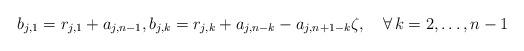
LaTeX: \begin{align*}b_{j,1}=r_{j,1}+ a_{j,n-1},b_{j,k}=r_{j,k}+ a_{j,n-k}- a_{j,n+1-k}\zeta, \quad\forall\, k=2,\ldots, n-1\end{align*}